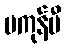
မကုန်မီ